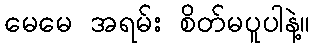
မေမေ အရမ်း စိတ်မပူပါနဲ့။